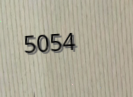
5054